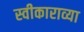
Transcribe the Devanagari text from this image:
स्वीकाराव्या